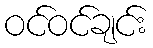
ဝင်ဝင်ချင်း